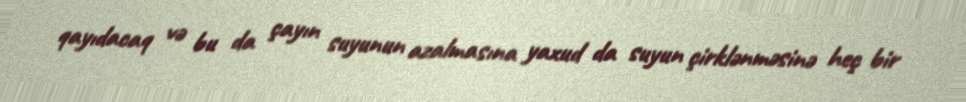
qayıdacaq və bu da çayın suyunun azalmasına yaxud da suyun çirklənməsinə heç bir